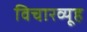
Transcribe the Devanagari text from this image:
विचारव्यूह